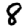
Digit: 8